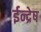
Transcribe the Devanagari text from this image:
ईन्द्रेष